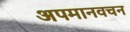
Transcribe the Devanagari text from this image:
अपमानवचन